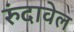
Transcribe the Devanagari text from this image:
रुंदावेल